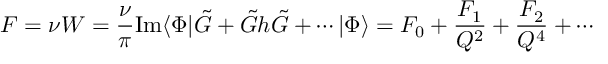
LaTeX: F = \nu W = \frac { \nu } { \pi } \mathrm { { I m } } \langle \Phi | \tilde { G } + \tilde { G } h \tilde { G } + \cdots | \Phi \rangle = { \cal F } _ { 0 } + \frac { { \cal F } _ { 1 } } { Q ^ { 2 } } + \frac { { \cal F } _ { 2 } } { Q ^ { 4 } } + \cdots